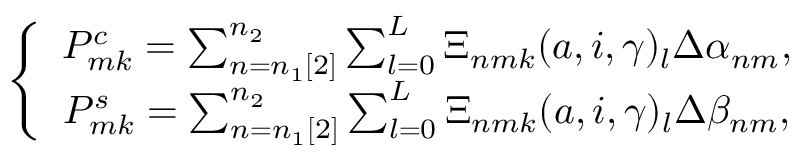
\left\{ \begin{array} { c } { P _ { m k } ^ { c } = \sum _ { n = n _ { 1 } [ 2 ] } ^ { n _ { 2 } } \sum _ { l = 0 } ^ { L } \Xi _ { n m k } ( a , i , \gamma ) \phantom { } _ { l } \Delta \alpha _ { n m } , } \\ { P _ { m k } ^ { s } = \sum _ { n = n _ { 1 } [ 2 ] } ^ { n _ { 2 } } \sum _ { l = 0 } ^ { L } \Xi _ { n m k } ( a , i , \gamma ) \phantom { } _ { l } \Delta \beta _ { n m } , } \end{array} \right.